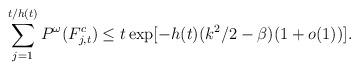
LaTeX: \begin{align*} \sum_{j=1}^{t/h(t)}P^\omega(F_{j,t}^c) \leq t \exp[-h(t)(k^2/2-\beta)(1+o(1))] .\end{align*}